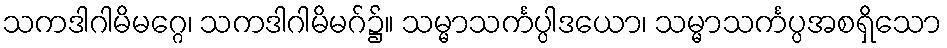
သကဒါဂါမိမဂ္ဂေ၊ သကဒါဂါမိမဂ်၌။ သမ္မာသင်္ကပ္ပါဒယော၊ သမ္မာသင်္ကပ္ပအစရှိသော